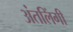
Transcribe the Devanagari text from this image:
अंतलिंगी